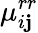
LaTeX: \mu_{i\mathbf{j}}^{rr}